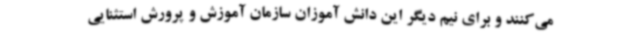
می‌کنند و برای نیم دیگر این دانش آموزان سازمان آموزش و پرورش استثنایی